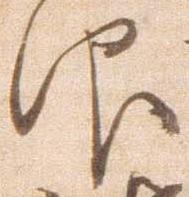
仰